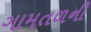
ગામતળની